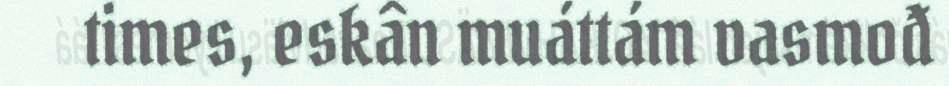
times, eskân muáttám vasmođ